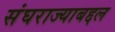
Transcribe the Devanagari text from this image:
संघराज्याबद्दल